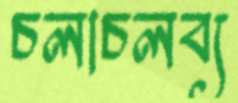
চলাচলব্য